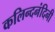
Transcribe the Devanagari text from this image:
कलिन्दनंदिनी